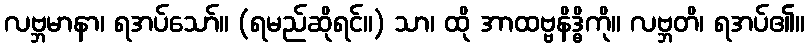
လဗ္ဘမာနာ၊ ရအပ်သော်။ (ရမည်ဆိုရင်။) သာ၊ ထို အာထဗ္ဗနိဒ္ဓိကို။ လဗ္ဘတိ၊ ရအပ်၏။